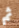
ثم